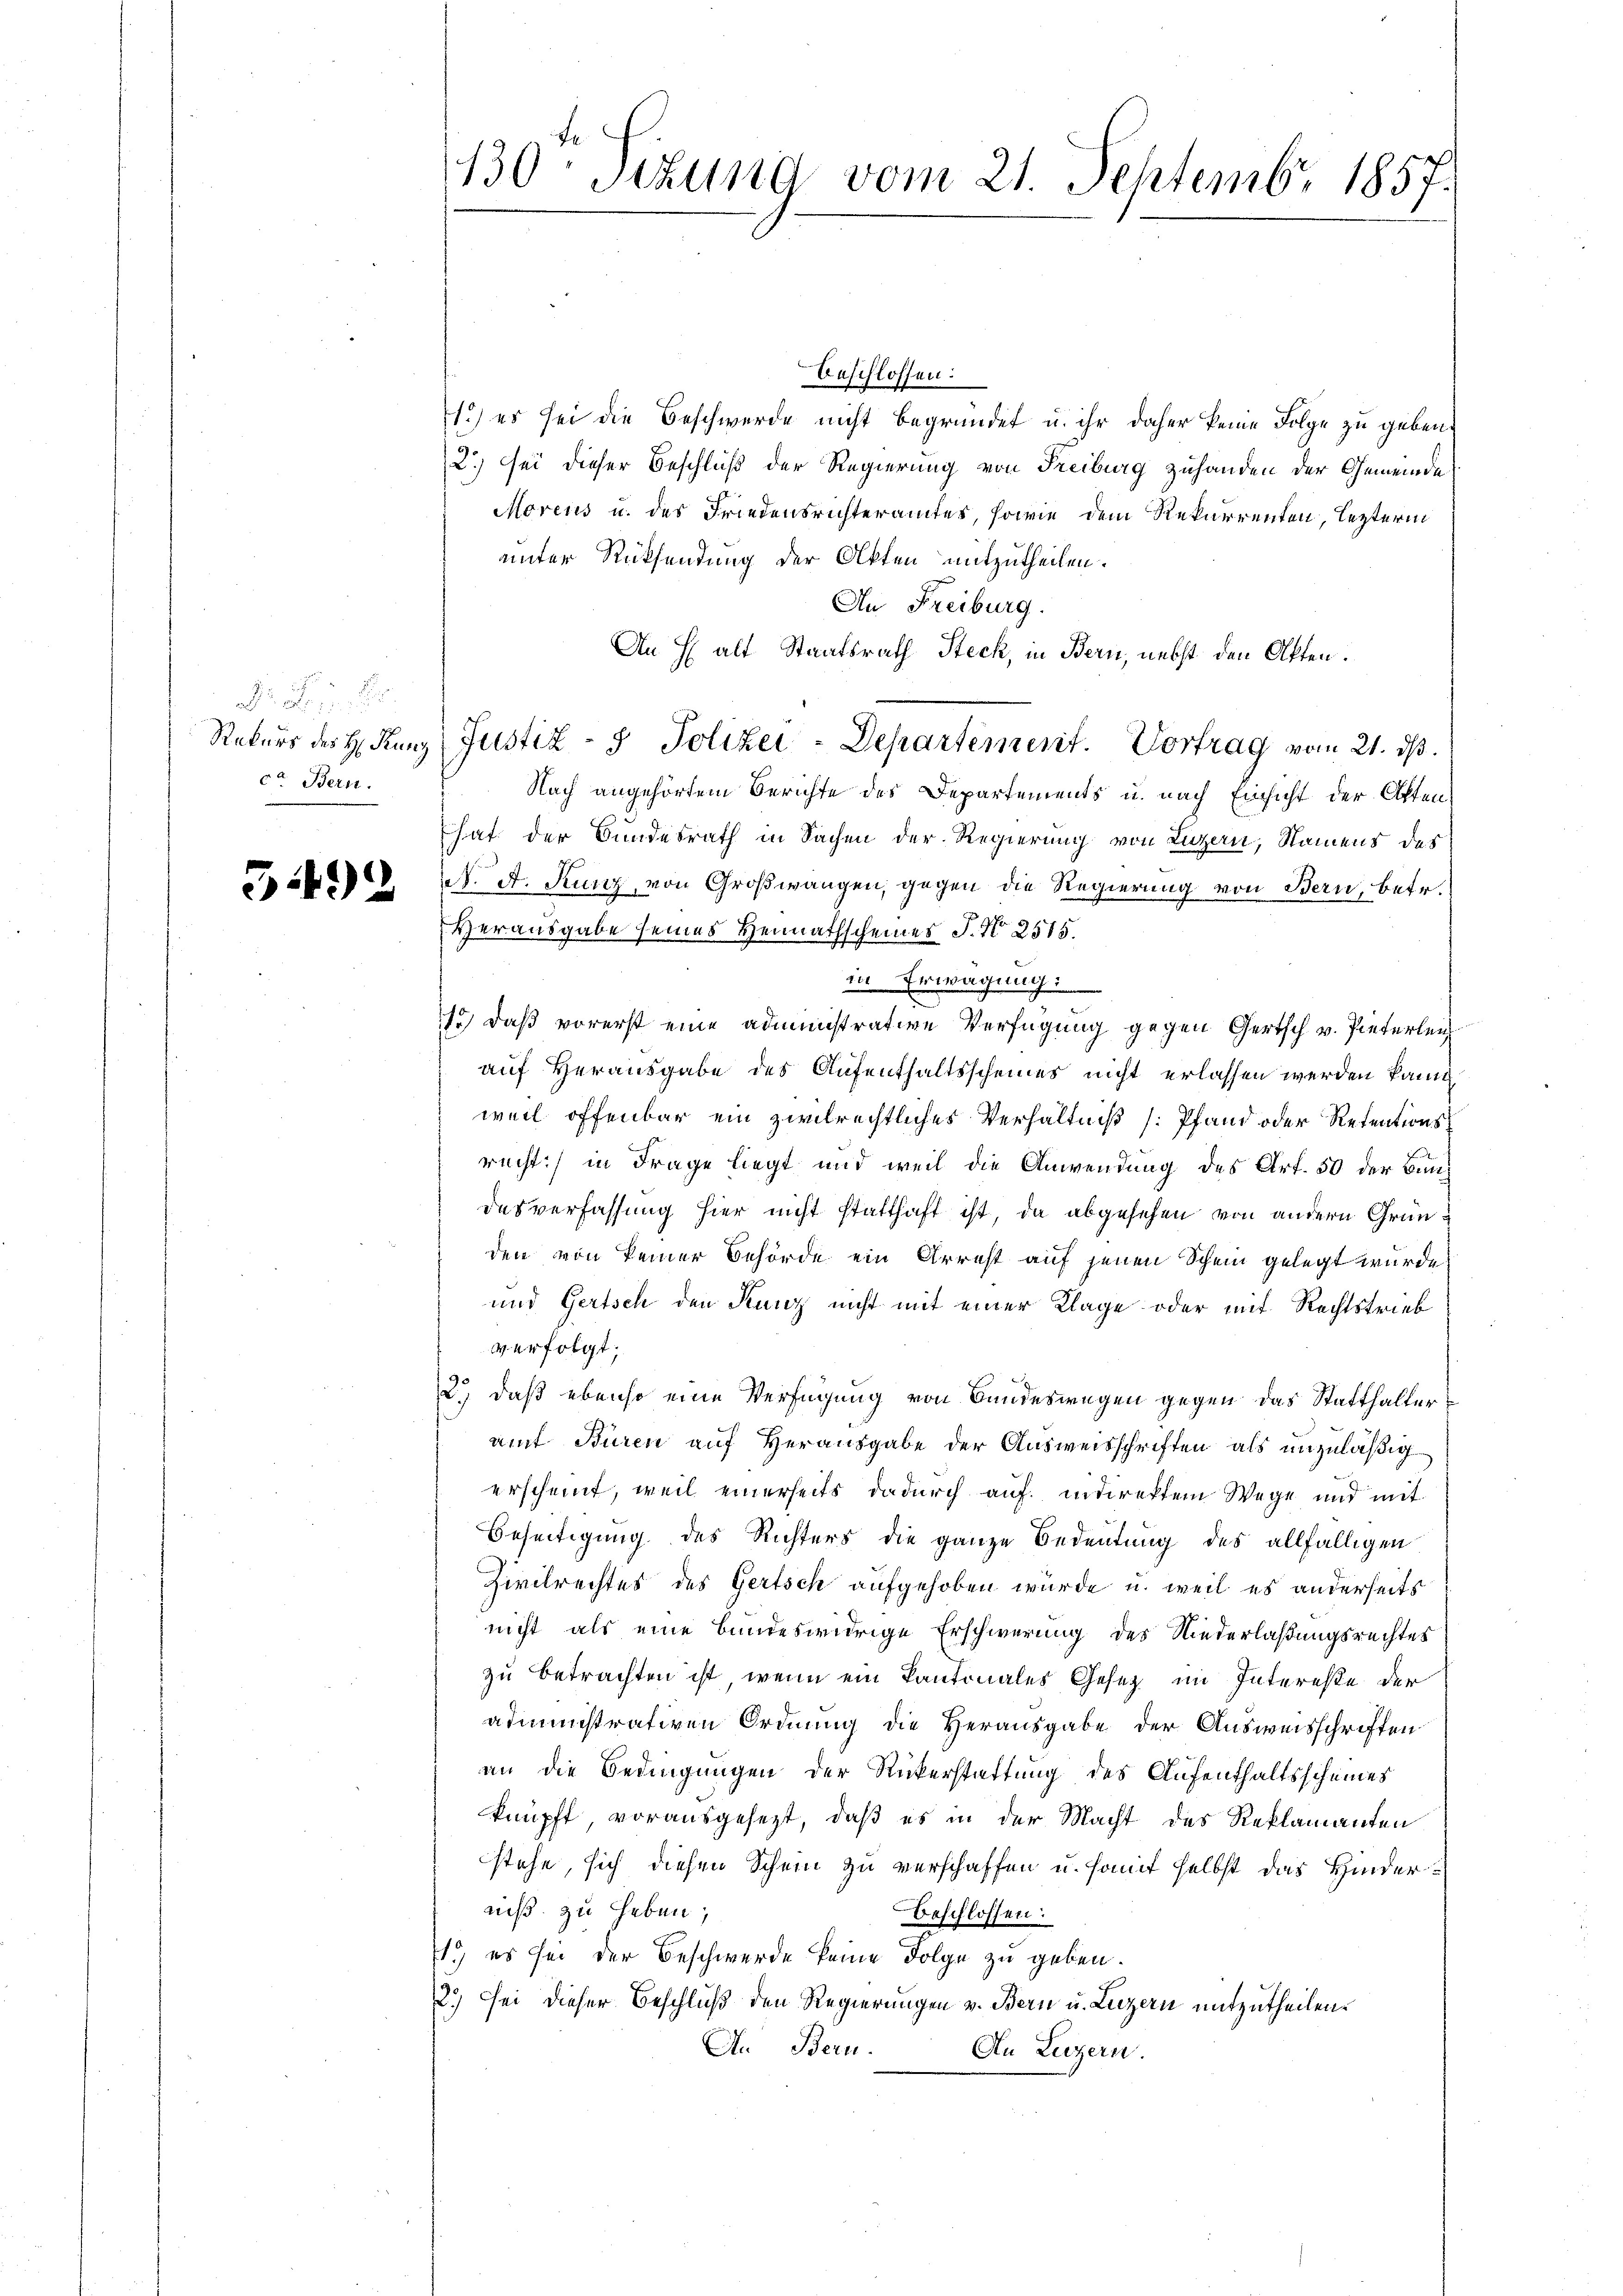
Rekurs des H. Kunz
co Bern.

52492

130 Sitzung vom 21. Septembr 1857.

beschlossen:
1.) es sei die Beschwerde nicht begründet u. ihr daher keine Folge zu geben.
2) sei dieser Beschluß der Regierung von Freiburg zuhanden der Gemeinde
Morens u. des Friedensrichteramtes, sowie dem Rekurrenten, lezterm
unter Rücksendung der Akten mitzutheilen.
An Freiburg.
An Halt Staatsrath Steck, in Bern, nebst den Akten.
Nach angehörtem Berichte des Departements u. nach Einsicht der Aktenhat der Bundesrath in Sachen der Regierung von Luzern, Namens des
. A. Kunz, von Großwangen, gegen die Regierung von Bern, betr.
Herausgabe seines Heimathscheines J. N. 2515.
in Erwägung
1.) daß vorerst eine administrative Verfügung gegen Gertsch v. Pieterleich
auf Herausgabe des Aufenthaltsscheines nicht erlassen werden kann
weil offenbar ein zivilrechtliches Verhältniß [Pfand oder Retentionsrecht) in Frage liegt und weil die Anwendung des Art. 50 der Bundesverfassung hier nicht statthaft ist, da abgesehen von andern Gründen von keiner Behörde ein Arrest auf jenen Schein gelegt wurde
und Gertsch den Kunz nicht mit einer Klage oder mit Rechtstrieb
verfolgt;
2.) daß ebenso eine Verfügung von Bundeswegen gegen das Statthalterauf Büren auf Herausgabe der Ausweisschriften als unzuläßig
erscheint, weil einerseits dadurch auf indirektem Wege und mit
Beseitigung des Richters die ganze Bedeutung des allfälligen
Zivilrechtes des Gertsch aufgehoben wurde, u. weil es anderseits
nicht als eine bundeswidrige Erschwerung des Niederlaßungsrechtes
zu betrachten ist, wenn ein Kantonales Gesetz im Interesse der
administrativen Ordnung die Herausgabe der Ausweisschriften
an die Bedingungen der Rickerstattung des Aufenthaltsscheines
knüpft vorausgesezt, daß es in der Macht des Reklamanten
stehe, sich diesen Schein zu verschaffen u. somit selbst das Hinderniß zu heben,
beschlossen:
1., es sei der Beschwerde keine Folge zu geben.
2.) Sei dieser Beschluß den Regierungen v. Bern u. Luzern mitzutheilen.
An Bern.
An Luzern

Justiz- & Polizei-Departement. Vortrag vom 21. ds.